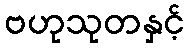
ဗဟုသုတနှင့်